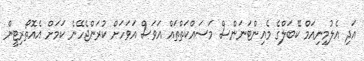
އަދި އެލުމިނިއަމް ކޭބަލްގެ މެއިންޓަނަންސް މަސައްކަތްތައް އަވަސް އަވަހަށް ކުރަންޖެހޭނެ ކަމަށް އެއޮތޯރިޓީން